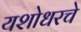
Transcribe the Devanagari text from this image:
यशोधरचे